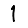
Digit: 1